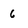
Character: 6